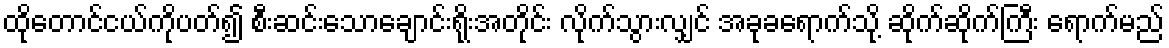
ထိုတောင်ငယ်ကိုပတ်၍ စီးဆင်းသောချောင်းရိုးအတိုင်း လိုက်သွားလျှင် အခုခရောက်သို့ ဆိုက်ဆိုက်ကြီး ရောက်မည်